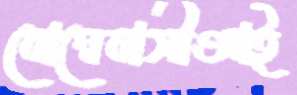
বোম্বেবাসীআই